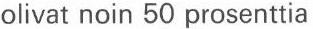
olivat noin 50 prosenttia